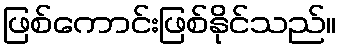
ဖြစ်ကောင်းဖြစ်နိုင်သည်။